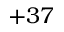
+ 3 7